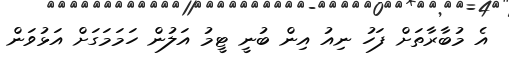
އެ މުބާރާތަށް ފަހު ނިއު އިން ބުނީ ޓީމު އަލުން ހަމަމަގަށް އަޅުވަން